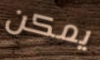
يمكن